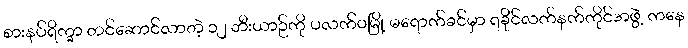
စားနပ်ရိက္ခာ တင်ဆောင်လာတဲ့ ၁၂ ဘီးယာဉ်ကို ပလက်ဝမြို့ မရောက်ခင်မှာ ရခိုင်လက်နက်ကိုင်အဖွဲ့ ကနေ